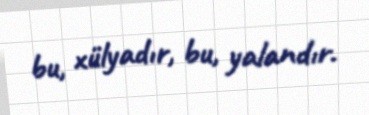
bu, xülyadır, bu, yalandır.